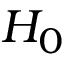
H _ { 0 }